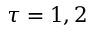
\tau = 1 , 2